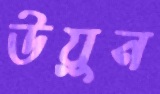
উয়ুন